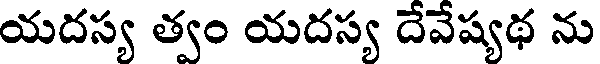
యదస్య త్వం యదస్య దేవేష్యథ ను